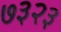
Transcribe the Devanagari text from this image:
७३२३